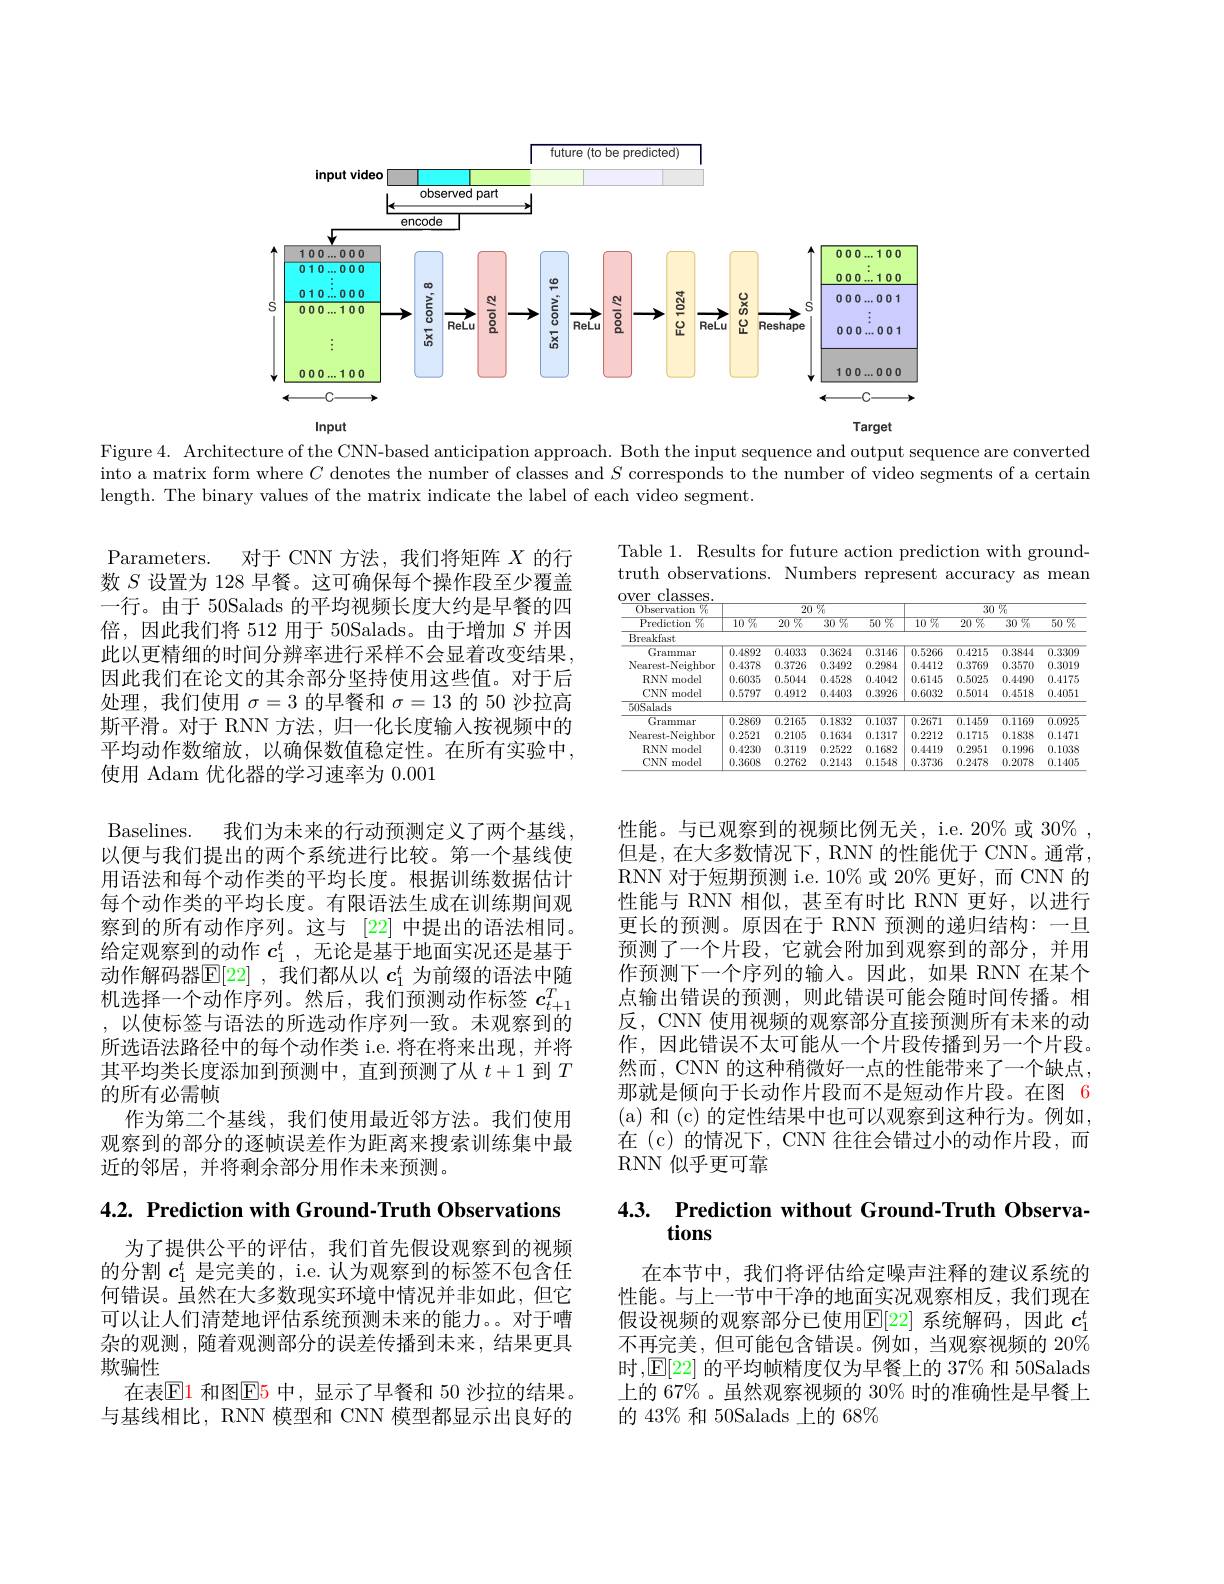
<FigureHere>

Figure 4. Architecture of the CNN-based anticipation approach. Both the input sequence and output sequence are converted into a matrix form where $C$ denotes the number of classes and $S$ corresponds to the number of video segments of a certain length. The binary values of the matrix indicate the label of each video segment.

Table 1. Results for future action prediction with groundtruth observations. Numbers represent accuracy as mean

<table>
	<tbody>
		<tr>
			<th rowspan="2">$\overline{\text{Observation }^{0}}_{0}$ $\overline{\text{Prediction }\%}$</th>
			<th colspan="4">$\overline{20\%}$</th>
			<th colspan="4">$\overline{30\%}$</th>
		</tr>
		<tr>
			<th>$\overline{10\%}$</th>
			<th>$\overline{20\:\%}$</th>
			<th>$\overline{30\%}$</th>
			<th>$\overline{50\%}$</th>
			<th>$\overline{10\%}$</th>
			<th>$\overline{20\:\%}$</th>
			<th>$\overline{30\%}$</th>
			<th>50 $呀$ 1 1</th>
		</tr>
		<tr>
			<td>Breakfast</td>
			<td> </td>
			<td> </td>
			<td> </td>
			<td> </td>
			<td> </td>
			<td> </td>
			<td> </td>
			<td> </td>
		</tr>
		<tr>
			<td>Grammar</td>
			<td>0.4892</td>
			<td>0.4033</td>
			<td>0.3624</td>
			<td>0.3146</td>
			<td>0.5266</td>
			<td>0.4215</td>
			<td>0.3844</td>
			<td>0.3309</td>
		</tr>
		<tr>
			<td>Nearest-Neighbor</td>
			<td>0.4378</td>
			<td>0.3726</td>
			<td>0.3492</td>
			<td>0.2984</td>
			<td>0.4412</td>
			<td>0.3769</td>
			<td>0.3570</td>
			<td>0.3019</td>
		</tr>
		<tr>
			<td>$RNN$ model</td>
			<td>0.6035</td>
			<td>0.5044</td>
			<td>0.4528</td>
			<td>0.4042</td>
			<td>0.6145</td>
			<td>0.5025</td>
			<td>0.4490</td>
			<td>0.4175</td>
		</tr>
		<tr>
			<td>CNN r model</td>
			<td>0.5797</td>
			<td>0.4912</td>
			<td>0.4403</td>
			<td>0.3926</td>
			<td>0.6032</td>
			<td>0.5014</td>
			<td>0.4518</td>
			<td>0.4051</td>
		</tr>
		<tr>
			<td>50Salads</td>
			<td> </td>
			<td> </td>
			<td> </td>
			<td> </td>
			<td> </td>
			<td> </td>
			<td> </td>
			<td> </td>
		</tr>
		<tr>
			<td>Grammar</td>
			<td>0.2869</td>
			<td>0.2165</td>
			<td>0.1832</td>
			<td>$\overline{0.1037}$</td>
			<td>0.2671</td>
			<td>0.1459</td>
			<td>0.1169</td>
			<td>0.0925</td>
		</tr>
		<tr>
			<td>Nearest-Neighbor</td>
			<td>0.2521</td>
			<td>0.2105</td>
			<td>0.1634</td>
			<td>0.1317</td>
			<td>0.2212</td>
			<td>0.1715</td>
			<td>0.1838</td>
			<td>0.1471</td>
		</tr>
		<tr>
			<td>RNN I model</td>
			<td>0.4230</td>
			<td>0.3119</td>
			<td>0.2522</td>
			<td>0.1682</td>
			<td>0.4419</td>
			<td>0.2951</td>
			<td>0.1996</td>
			<td>0.1038</td>
		</tr>
		<tr>
			<td>CNN n model</td>
			<td>0.3608</td>
			<td>0.2762</td>
			<td>0.2143</td>
			<td>0.1548</td>
			<td>0.3736</td>
			<td>0.2478</td>
			<td>0.2078</td>
			<td>0.1405</td>
		</tr>
	</tbody>
</table>

Parameters. 对于 CNN 方法，我们将矩阵$X$的行数$S$设置为 128 早餐。这可确保每个操作段至少覆盖一行。由于 50Salads 的平均视频长度大约是早餐的四倍，因此我们将 512 用于 50Salads。由于增加$S$并因此以更精细的时间分辨率进行采样不会显着改变结果， 因此我们在论文的其余部分坚持使用这些值。对于后处理，我们使用$\sigma=3$的早餐和$\sigma=13$的 50 沙拉高斯平滑。对于 RNN 方法，归一化长度输入按视频中的平均动作数缩放，以确保数值稳定性。在所有实验中， 使用 Adam 优化器的学习速率为0.001
Baselines. 我们为未来的行动预测定义了两个基线以便与我们提出的两个系统进行比较。第一个基线使用语法和每个动作类的平均长度。根据训练数据估计每个动作类的平均长度。有限语法生成在训练期间观察到的所有动作序列。这与 [22] 中提出的语法相同。给定观察到的动作$c_1^t$,无论是基于地面实况还是基于动作解码器$\overline{\mathbb{E}}[22]$ ,我们都从以 $c_1^t$ 为前缀的语法中随机选择一个动作序列。然后，我们预测动作标签$c_{t+1}^T$ ,以使标签与语法的所选动作序列一致。未观察到的所选语法路径中的每个动作类 i.e. 将在将来出现，并将其平均类长度添加到预测中，直到预测了从$t+1$到$T$ 的所有必需帧
作为第二个基线，我们使用最近邻方法。我们使用观察到的部分的逐帧误差作为距离来搜索训练集中最近的邻居，并将剩余部分用作未来预测。

性能。与已观察到的视频比例无关，i.e. 20% 或 30%, 但是，在大多数情况下，RNN 的性能优于 CNN。通常， RNN 对于短期预测 i.e. 10% 或 20% 更好，而 CNN 的性能与 RNN 相似，甚至有时比 RNN 更好，以进行更长的预测。原因在于 RNN 预测的递归结构：一旦预测了一个片段，它就会附加到观察到的部分，并用作预测下一个序列的输入。因此，如果 RNN 在某个点输出错误的预测，则此错误可能会随时间传播。相反，CNN 使用视频的观察部分直接预测所有未来的动作，因此错误不太可能从一个片段传播到另一个片段。然而，CNN 的这种稍微好一点的性能带来了一个缺点， 那就是倾向于长动作片段而不是短动作片段。在图 6 ( a) 和(c) 的定性结果中也可以观察到这种行为。例如， 在 (c) 的情况下，CNN 往往会错过小的动作片段，而RNN 似乎更可靠

4.2. Prediction with Ground-Truth Observations

# 4.3. $\textbf{Prediction without Ground- Truth Observa}$

为了提供公平的评估，我们首先假设观察到的视频的分割$c_1^t$是完美的，i.e. 认为观察到的标签不包含任何错误。虽然在大多数现实环境中情况并非如此，但它可以让人们清楚地评估系统预测未来的能力。。对于嘈杂的观测，随着观测部分的误差传播到未来，结果更具欺骗性
在表$\mathbb{E}1$ 和图$\mathbb{E}5$ 中，显示了早餐和 50 沙拉的结果。与基线相比，RNN 模型和 CNN 模型都显示出良好的

在本节中，我们将评估给定噪声注释的建议系统的性能。与上一节中干净的地面实况观察相反，我们现在假设视频的观察部分已使用$\mathbb{E}[22]$ 系统解码，因此 $c_1^t$ 不再完美，但可能包含错误。例如，当观察视频的 20% 时，$\operatorname{E}[$22] 的平均帧精度仅为早餐上的 37% 和 50Salads 上的 67% 。虽然观察视频的 30% 时的准确性是早餐上的 43% 和 50Salads 上的 68%